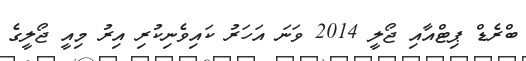
ބްރެޑް ޕިޓްއާއި ޖޯލީ 2014 ވަނަ އަހަރު ކައިވެނިކުރި އިރު މިއީ ޖޯލީގެ